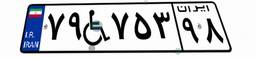
۷۹W۷۵۳۹۸